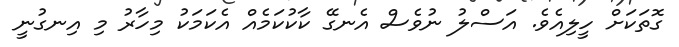
ގޮތަކަށް ހީލިއެވެ. އަސްލު ނުވެސް އެނގޭ ކާކުކަމެއް އެކަމަކު މިހާރު މި އިނގުނީ